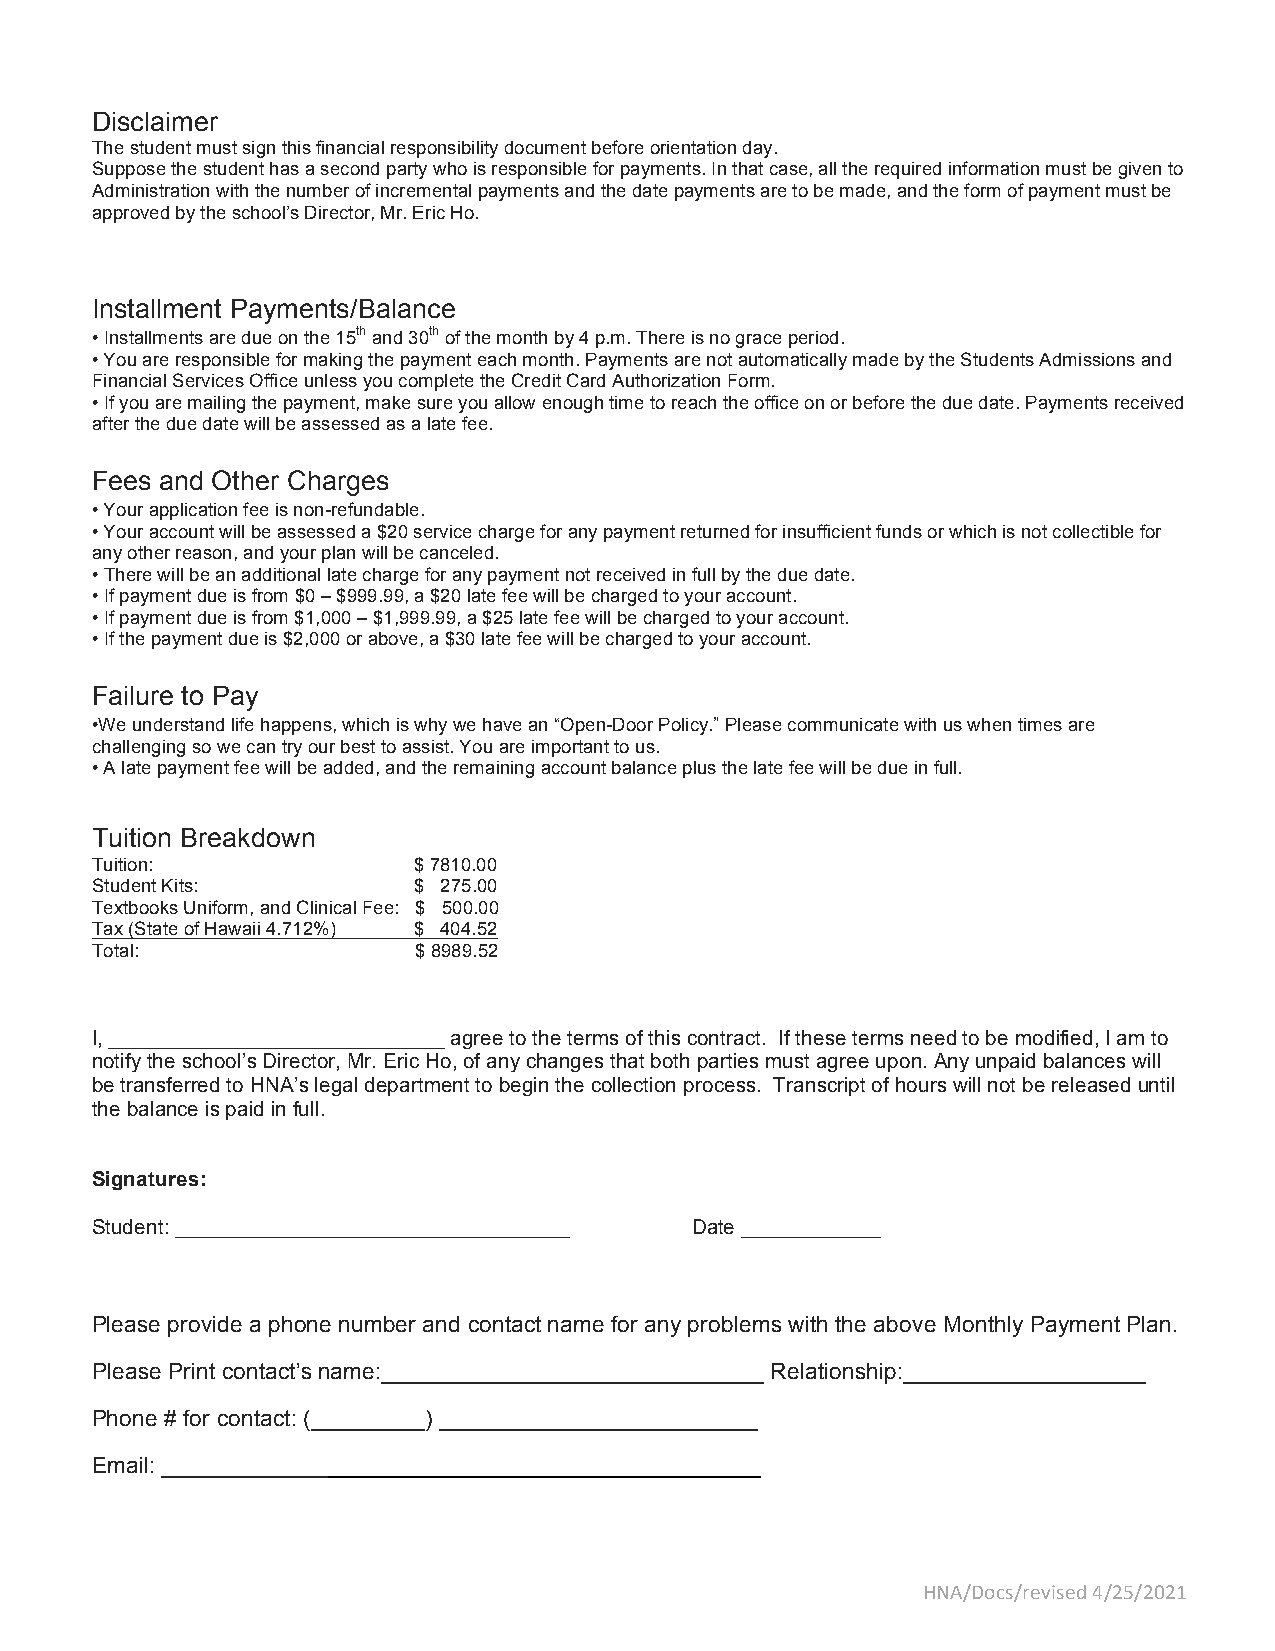
Disclaimer
 The student must sign this financial responsibility document before orientation day.
 Suppose the student has a second party who is responsible for payments. In that case, all the required information must be given to
 Administration with the number of incremental payments and the date payments are to be made, and the form of payment must be
 approved by the school’s Director, Mr. Eric Ho.
 Installment Payments/Balance
 • Installments are due on the 15th and 30th of the month by 4 p.m. There is no grace period.
 • You are responsible for making the payment each month. Payments are not automatically made by the Students Admissions and
 Financial Services Office unless you complete the Credit Card Authorization Form.
 • If you are mailing the payment, make sure you allow enough time to reach the office on or before the due date. Payments received
 after the due date will be assessed as a late fee.
 Fees and Other Charges
 • Your application fee is non-refundable.
 • Your account will be assessed a $20 service charge for any payment returned for insufficient funds or which is not collectible for
 any other reason, and your plan will be canceled.
 • There will be an additional late charge for any payment not received in full by the due date.
 • If payment due is from $0 – $999.99, a $20 late fee will be charged to your account.
 • If payment due is from $1,000 – $1,999.99, a $25 late fee will be charged to your account.
 • If the payment due is $2,000 or above, a $30 late fee will be charged to your account.
 Failure to Pay
 •We understand life happens, which is why we have an “Open-Door Policy.” Please communicate with us when times are
 challenging so we can try our best to assist. You are important to us.
 • A late payment fee will be added, and the remaining account balance plus the late fee will be due in full.
 Tuition Breakdown
 Tuition:             $ 7810.00
 Student Kits:        $ 275.00
 Textbooks Uniform, and Clinical Fee: $ 500.00
 Tax (State of Hawaii 4.712%) $ 404.52
 Total:               $ 8989.52
 I, _____________________________ agree to the terms of this contract. If these terms need to be modified, I am to
 notify the school’s Director, Mr. Eric Ho, of any changes that both parties must agree upon. Any unpaid balances will
 be transferred to HNA’s legal department to begin the collection process. Transcript of hours will not be released until
 the balance is paid in full.
 Signatures:
 Student: __________________________________ Date ____________
 Please provide a phone number and contact name for any problems with the above Monthly Payment Plan.
 Please Print contact’s name:______________________________ Relationship:___________________
 Phone # for contact: (_________) _________________________
 Email: _______________________________________________
 HNA/Docs/revised 4/25/2021